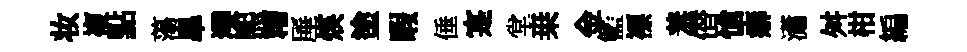
妆複點蕩臯灤煕糟厜煐塗暇倕寔堂桒金籃褾羞僣愴癖瀟舛柑編